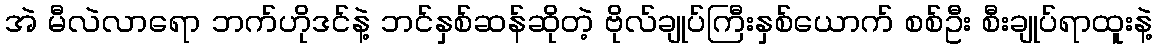
အဲ မီလဲလာရော ဘက်ဟိုဒင်နဲ့ ဘင်နှစ်ဆန်ဆိုတဲ့ ဗိုလ်ချုပ်ကြီးနှစ်ယောက် စစ်ဦး စီးချုပ်ရာထူးနဲ့